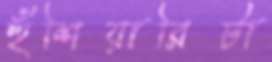
হুঁশিয়ারিটা